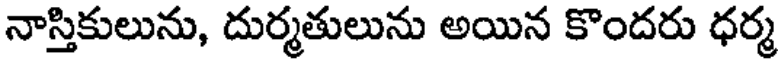
నాస్తికులును, దుర్మతులును అయిన కొందరు ధర్మ